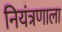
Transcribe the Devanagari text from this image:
नियंत्रणाला